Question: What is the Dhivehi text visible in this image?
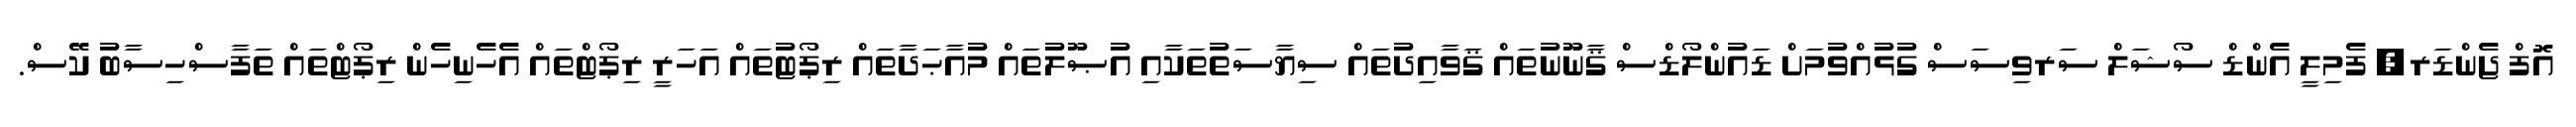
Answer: އޮފް ޖެންޑަރ, ފެމިލީ އެންޑް ސޯޝަލް ސަރވިސަސް ގުޅުއްވުމަށް ޑައުންލޯޑްސް ޤާނޫނުތައް ޤަވާއިދުތައް ސިޔާސަތުތަކާއި އުޞޫލުތައް މުއާޙަދާތައް ރިޕޯޓުތައް އަހަރީ ރިޕޯޓްތައް އެހެނިހެން ރިޕޯޓްތައް ތަފާސްހިސާބު ކޭސް.